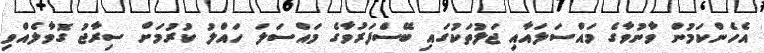
އެހެންކަމުން ވާނުވާގެ މައްސަަލައާއި ޖަލުތަކުގައި ބޭސްފަރުވާގެ މައްސަލަ ހައްލު ކުރުމަށް ސިރާޖު ގޮވާލެއްވި